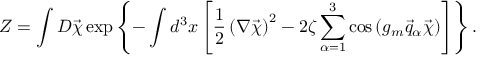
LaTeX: { \cal Z } = \int { \cal D } \vec { \chi } \exp \left\{ - \int d ^ { 3 } x \left[ \frac 1 2 \left( \nabla \vec { \chi } \right) ^ { 2 } - 2 \zeta \sum _ { \alpha = 1 } ^ { 3 } \cos \left( g _ { m } \vec { q } _ { \alpha } \vec { \chi } \right) \right] \right\} .